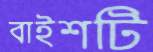
বাইশটি